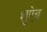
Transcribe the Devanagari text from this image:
शुऐब